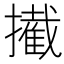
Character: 擮